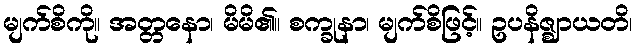
မျက်စိကို။ အတ္တနော၊ မိမိ၏။ စက္ခုနာ၊ မျက်စိဖြင့်။ ဥပနိဇ္ဈာယတိ၊